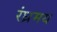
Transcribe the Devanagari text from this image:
रंध्रमय